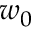
w _ { 0 }